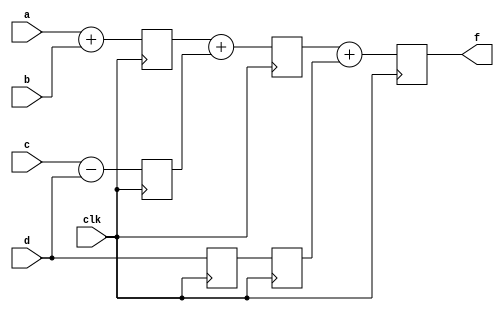
module pipe_ex_(f,a,b,c,d,clk);
parameter N=10;
input [N-1:0] a,b,c,d;
input clk;
output [N-1:0] f;
reg [N-1:0] l12_x1,l12_x2,l12_d,l23_x3,l23_d,l34_f;

assign f=l34_f;

always@(posedge clk)
begin
l12_x1 <= #4 a+b;
l12_x2 <= #4 c-d;
l12_d <= d;

l23_x3 <= #4 l12_x1+l12_x2;
l23_d <= l12_d;

l34_f <= #6 l23_x3 + l23_d;
end
endmodule